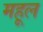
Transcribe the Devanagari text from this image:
महूल